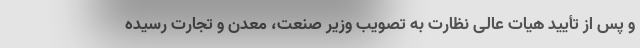
و پس از تأیید هیات عالی نظارت به تصویب وزیر صنعت، معدن و تجارت رسیده